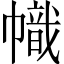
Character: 幟